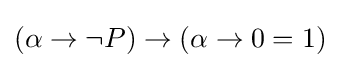
(\alpha \to \neg P)\to (\alpha \to 0=1)